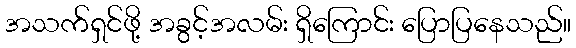
အသက်ရှင်ဖို့ အခွင့်အလမ်း ရှိကြောင်း ပြောပြနေသည်။